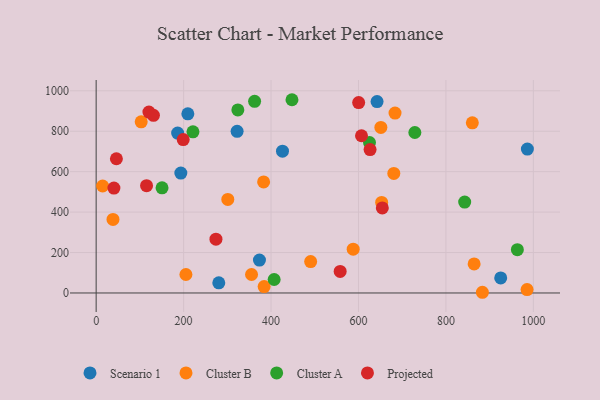
{"axis": {"x": "Experience", "y": "Fuel Efficiency"}, "legend": ["Cluster A", "Cluster B", "Projected", "Scenario 1"], "data": [{"x": "925.3", "y": 74.5, "type": "Scenario 1"}, {"x": "280.5", "y": 50.1, "type": "Scenario 1"}, {"x": "426.2", "y": 701.5, "type": "Scenario 1"}, {"x": "193.7", "y": 593.1, "type": "Scenario 1"}, {"x": "322.4", "y": 799.7, "type": "Scenario 1"}, {"x": "642.5", "y": 946.6, "type": "Scenario 1"}, {"x": "986.3", "y": 711.8, "type": "Scenario 1"}, {"x": "373.5", "y": 162.7, "type": "Scenario 1"}, {"x": "186.4", "y": 791.0, "type": "Scenario 1"}, {"x": "209.7", "y": 886.2, "type": "Scenario 1"}, {"x": "384.2", "y": 31.5, "type": "Cluster B"}, {"x": "860.4", "y": 841.7, "type": "Cluster B"}, {"x": "14.8", "y": 529.2, "type": "Cluster B"}, {"x": "38.5", "y": 363.6, "type": "Cluster B"}, {"x": "205.3", "y": 91.3, "type": "Cluster B"}, {"x": "680.8", "y": 591.4, "type": "Cluster B"}, {"x": "683.6", "y": 889.9, "type": "Cluster B"}, {"x": "651.2", "y": 818.6, "type": "Cluster B"}, {"x": "653.0", "y": 447.9, "type": "Cluster B"}, {"x": "301.1", "y": 462.6, "type": "Cluster B"}, {"x": "355.4", "y": 91.3, "type": "Cluster B"}, {"x": "103.0", "y": 846.5, "type": "Cluster B"}, {"x": "490.6", "y": 155.4, "type": "Cluster B"}, {"x": "883.4", "y": 3.5, "type": "Cluster B"}, {"x": "383.0", "y": 549.5, "type": "Cluster B"}, {"x": "587.9", "y": 216.7, "type": "Cluster B"}, {"x": "985.6", "y": 17.0, "type": "Cluster B"}, {"x": "864.5", "y": 143.6, "type": "Cluster B"}, {"x": "963.4", "y": 214.1, "type": "Cluster A"}, {"x": "728.9", "y": 793.8, "type": "Cluster A"}, {"x": "407.1", "y": 66.8, "type": "Cluster A"}, {"x": "324.1", "y": 905.4, "type": "Cluster A"}, {"x": "362.4", "y": 948.0, "type": "Cluster A"}, {"x": "625.2", "y": 744.3, "type": "Cluster A"}, {"x": "447.9", "y": 955.8, "type": "Cluster A"}, {"x": "842.9", "y": 449.4, "type": "Cluster A"}, {"x": "150.7", "y": 520.3, "type": "Cluster A"}, {"x": "221.4", "y": 797.0, "type": "Cluster A"}, {"x": "40.6", "y": 518.9, "type": "Projected"}, {"x": "606.9", "y": 777.6, "type": "Projected"}, {"x": "626.5", "y": 709.3, "type": "Projected"}, {"x": "600.4", "y": 941.5, "type": "Projected"}, {"x": "120.7", "y": 894.8, "type": "Projected"}, {"x": "558.1", "y": 106.4, "type": "Projected"}, {"x": "46.3", "y": 664.0, "type": "Projected"}, {"x": "654.5", "y": 420.9, "type": "Projected"}, {"x": "131.0", "y": 878.5, "type": "Projected"}, {"x": "274.0", "y": 266.3, "type": "Projected"}, {"x": "199.1", "y": 758.6, "type": "Projected"}, {"x": "115.3", "y": 530.8, "type": "Projected"}]}